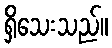
ရှိသေးသည်။